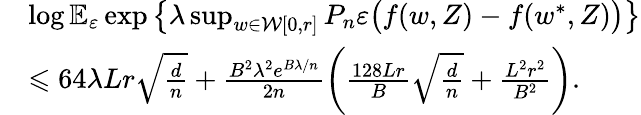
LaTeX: \begin{array}{rl}&{\log\mathbb E_{\varepsilon}\exp\left\{ \lambda\operatorname*{sup}_{w\in\mathcal W[0,r]}P_{n}\varepsilon\big(f(w,Z)-f(w^{*},Z)\big)\right\} }\\ &{\leqslant 64\lambda Lr\sqrt{\frac{d}n}+\frac{B^{2}\lambda^{2}e^{B\lambda/n}}{2n}\left(\frac{128Lr}{B}\sqrt{\frac{d}n}+\frac{L^{2}r^{2}}{B^{2}}\right).}\end{array}